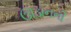
ઊડાનની